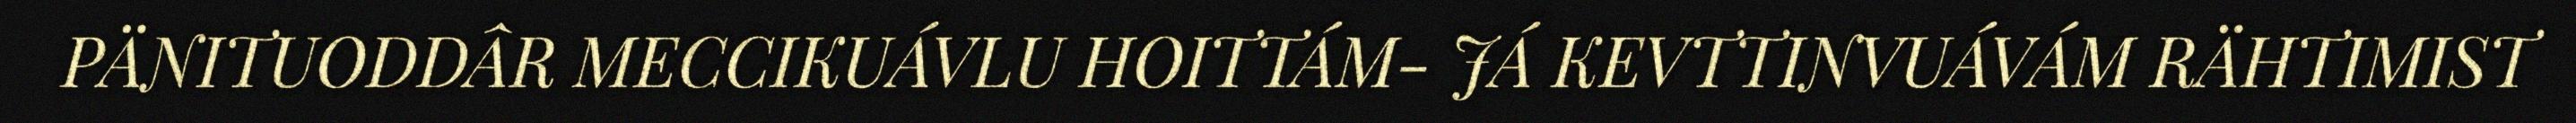
PÄNITUODDÂR MECCIKUÁVLU HOITTÁM- JÁ KEVTTINVUÁVÁM RÄHTIMIST